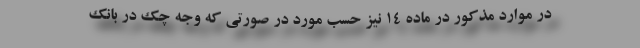
در موارد مذکور در ماده ۱۴ نیز حسب مورد در صورتی که وجه چک در بانک